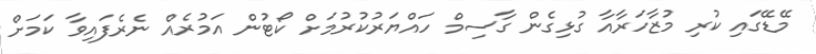
މޭޑޭގައި ކުރި މުޒާހަރާއާ ގުޅިގެން ގާސިމް ހައްޔަރުކުރުމަށް ކޯޓުން އަމުރެއް ނެރެފައިވާ ކަމަށް